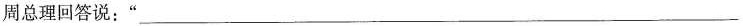
周总理回答说：”___